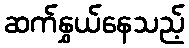
ဆက်နွှယ်နေသည့်